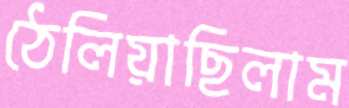
ঠেলিয়াছিলাম